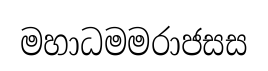
මහාධමමරාජසස